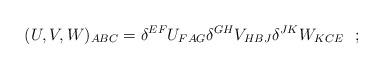
LaTeX: \begin{align*}(U,V,W)_{ABC}=\delta ^{EF}U_{FAG}\delta ^{GH}V_{HBJ}\delta ^{JK}W_{KCE}\ \ ;\end{align*}